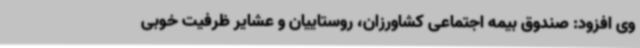
وی افزود: صندوق بیمه اجتماعی کشاورزان، روستاییان و عشایر ظرفیت خوبی